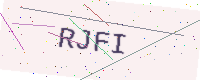
Text: RJFI